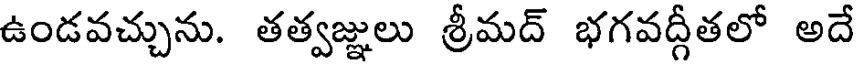
ఉండవచ్చును. తత్వజ్ఞులు శ్రీమద్ భగవద్గీతలో అదే